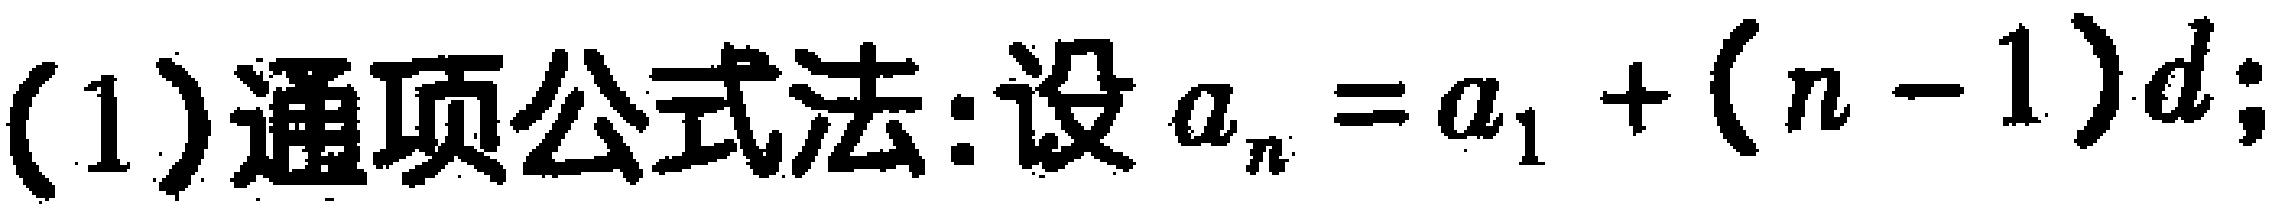
(1)通项公式法:设 \(a_{n}=a_{1}+(n - 1)d\);